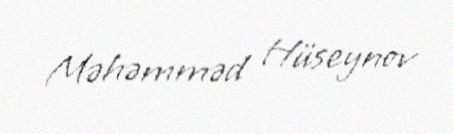
Məhəmməd Hüseynov